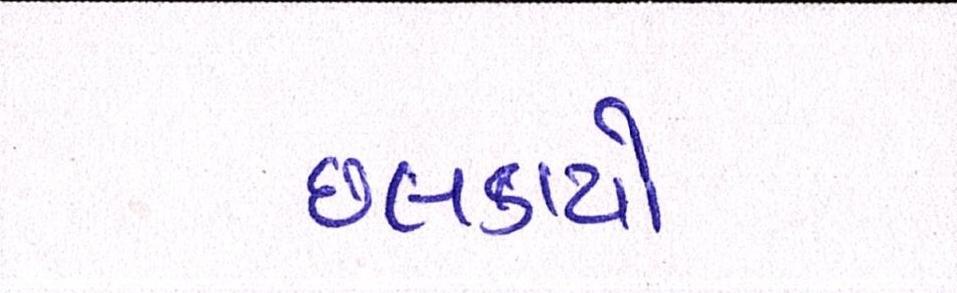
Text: છલકાયો